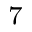
^ { 7 }